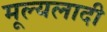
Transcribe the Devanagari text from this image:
मूल्यलादी